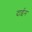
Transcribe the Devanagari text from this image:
दाईन